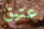
عتيق